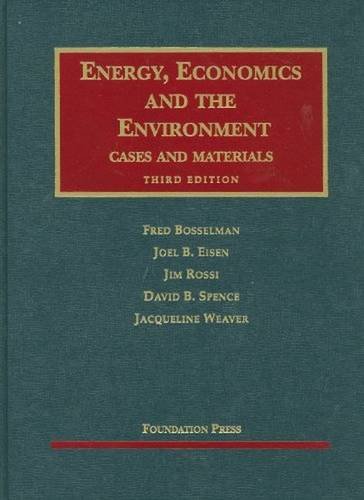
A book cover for Energy, Economics and the Environment (University Casebook Series); Fred Bosselman; Law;